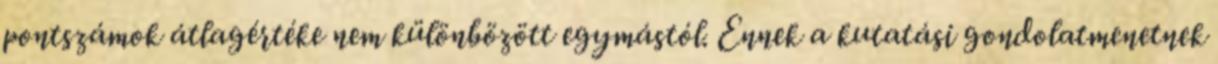
pontszámok átlagértéke nem különbözött egymástól. Ennek a kutatási gondolatmenetnek